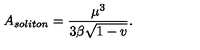
A _ { s o l i t o n } = \frac { \mu ^ { 3 } } { 3 \beta \sqrt { 1 - v } } .